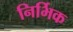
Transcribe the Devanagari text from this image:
निर्भिक